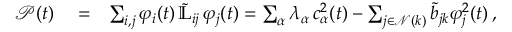
\begin{array} { r l r } { \mathcal { P } ( t ) } & { { } = } & { \sum _ { i , j } \varphi _ { i } ( t ) \, \tilde { \mathbb { L } } _ { i j } \, \varphi _ { j } ( t ) = \sum _ { \alpha } \lambda _ { \alpha } \, c _ { \alpha } ^ { 2 } ( t ) - \sum _ { j \in \mathcal { N } ( k ) } \tilde { b } _ { j k } \varphi _ { j } ^ { 2 } ( t ) \, , } \end{array}